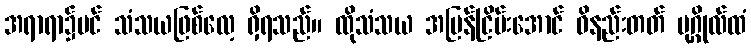
အရာရာ၌ပင် သံသယဖြစ်လေ့ ရှိရသည်။ ထိုသံသယ အမြန်ငြိမ်းအောင် ဝိနည်းတတ် ပုဂ္ဂိုလ်ထံ